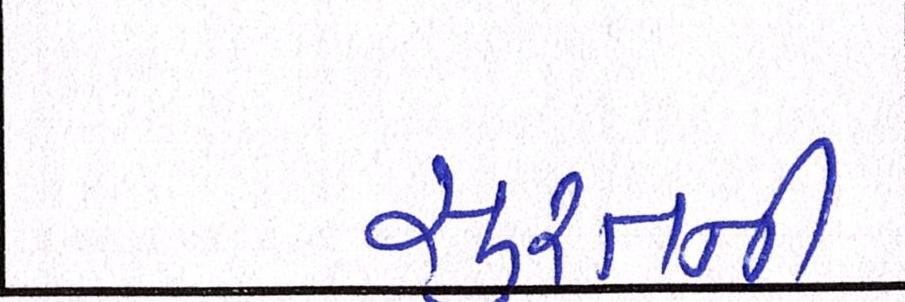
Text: સુરતની